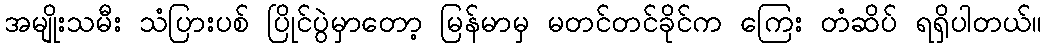
အမျိုးသမီး သံပြားပစ် ပြိုင်ပွဲမှာတော့ မြန်မာမှ မတင်တင်ခိုင်က ကြေး တံဆိပ် ရရှိပါတယ်။